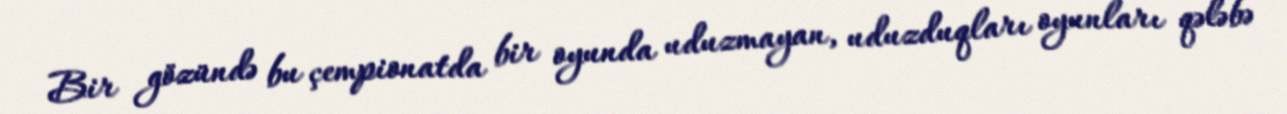
Bir gözündə bu çempionatda bir oyunda uduzmayan, uduzduqları oyunları qələbə